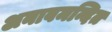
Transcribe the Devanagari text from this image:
अनावमन्दित